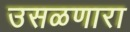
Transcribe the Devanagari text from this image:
उसळणारा